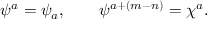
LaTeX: \psi ^ { a } = \psi _ { a } , \qquad \psi ^ { a + ( m - n ) } = \chi ^ { a } .